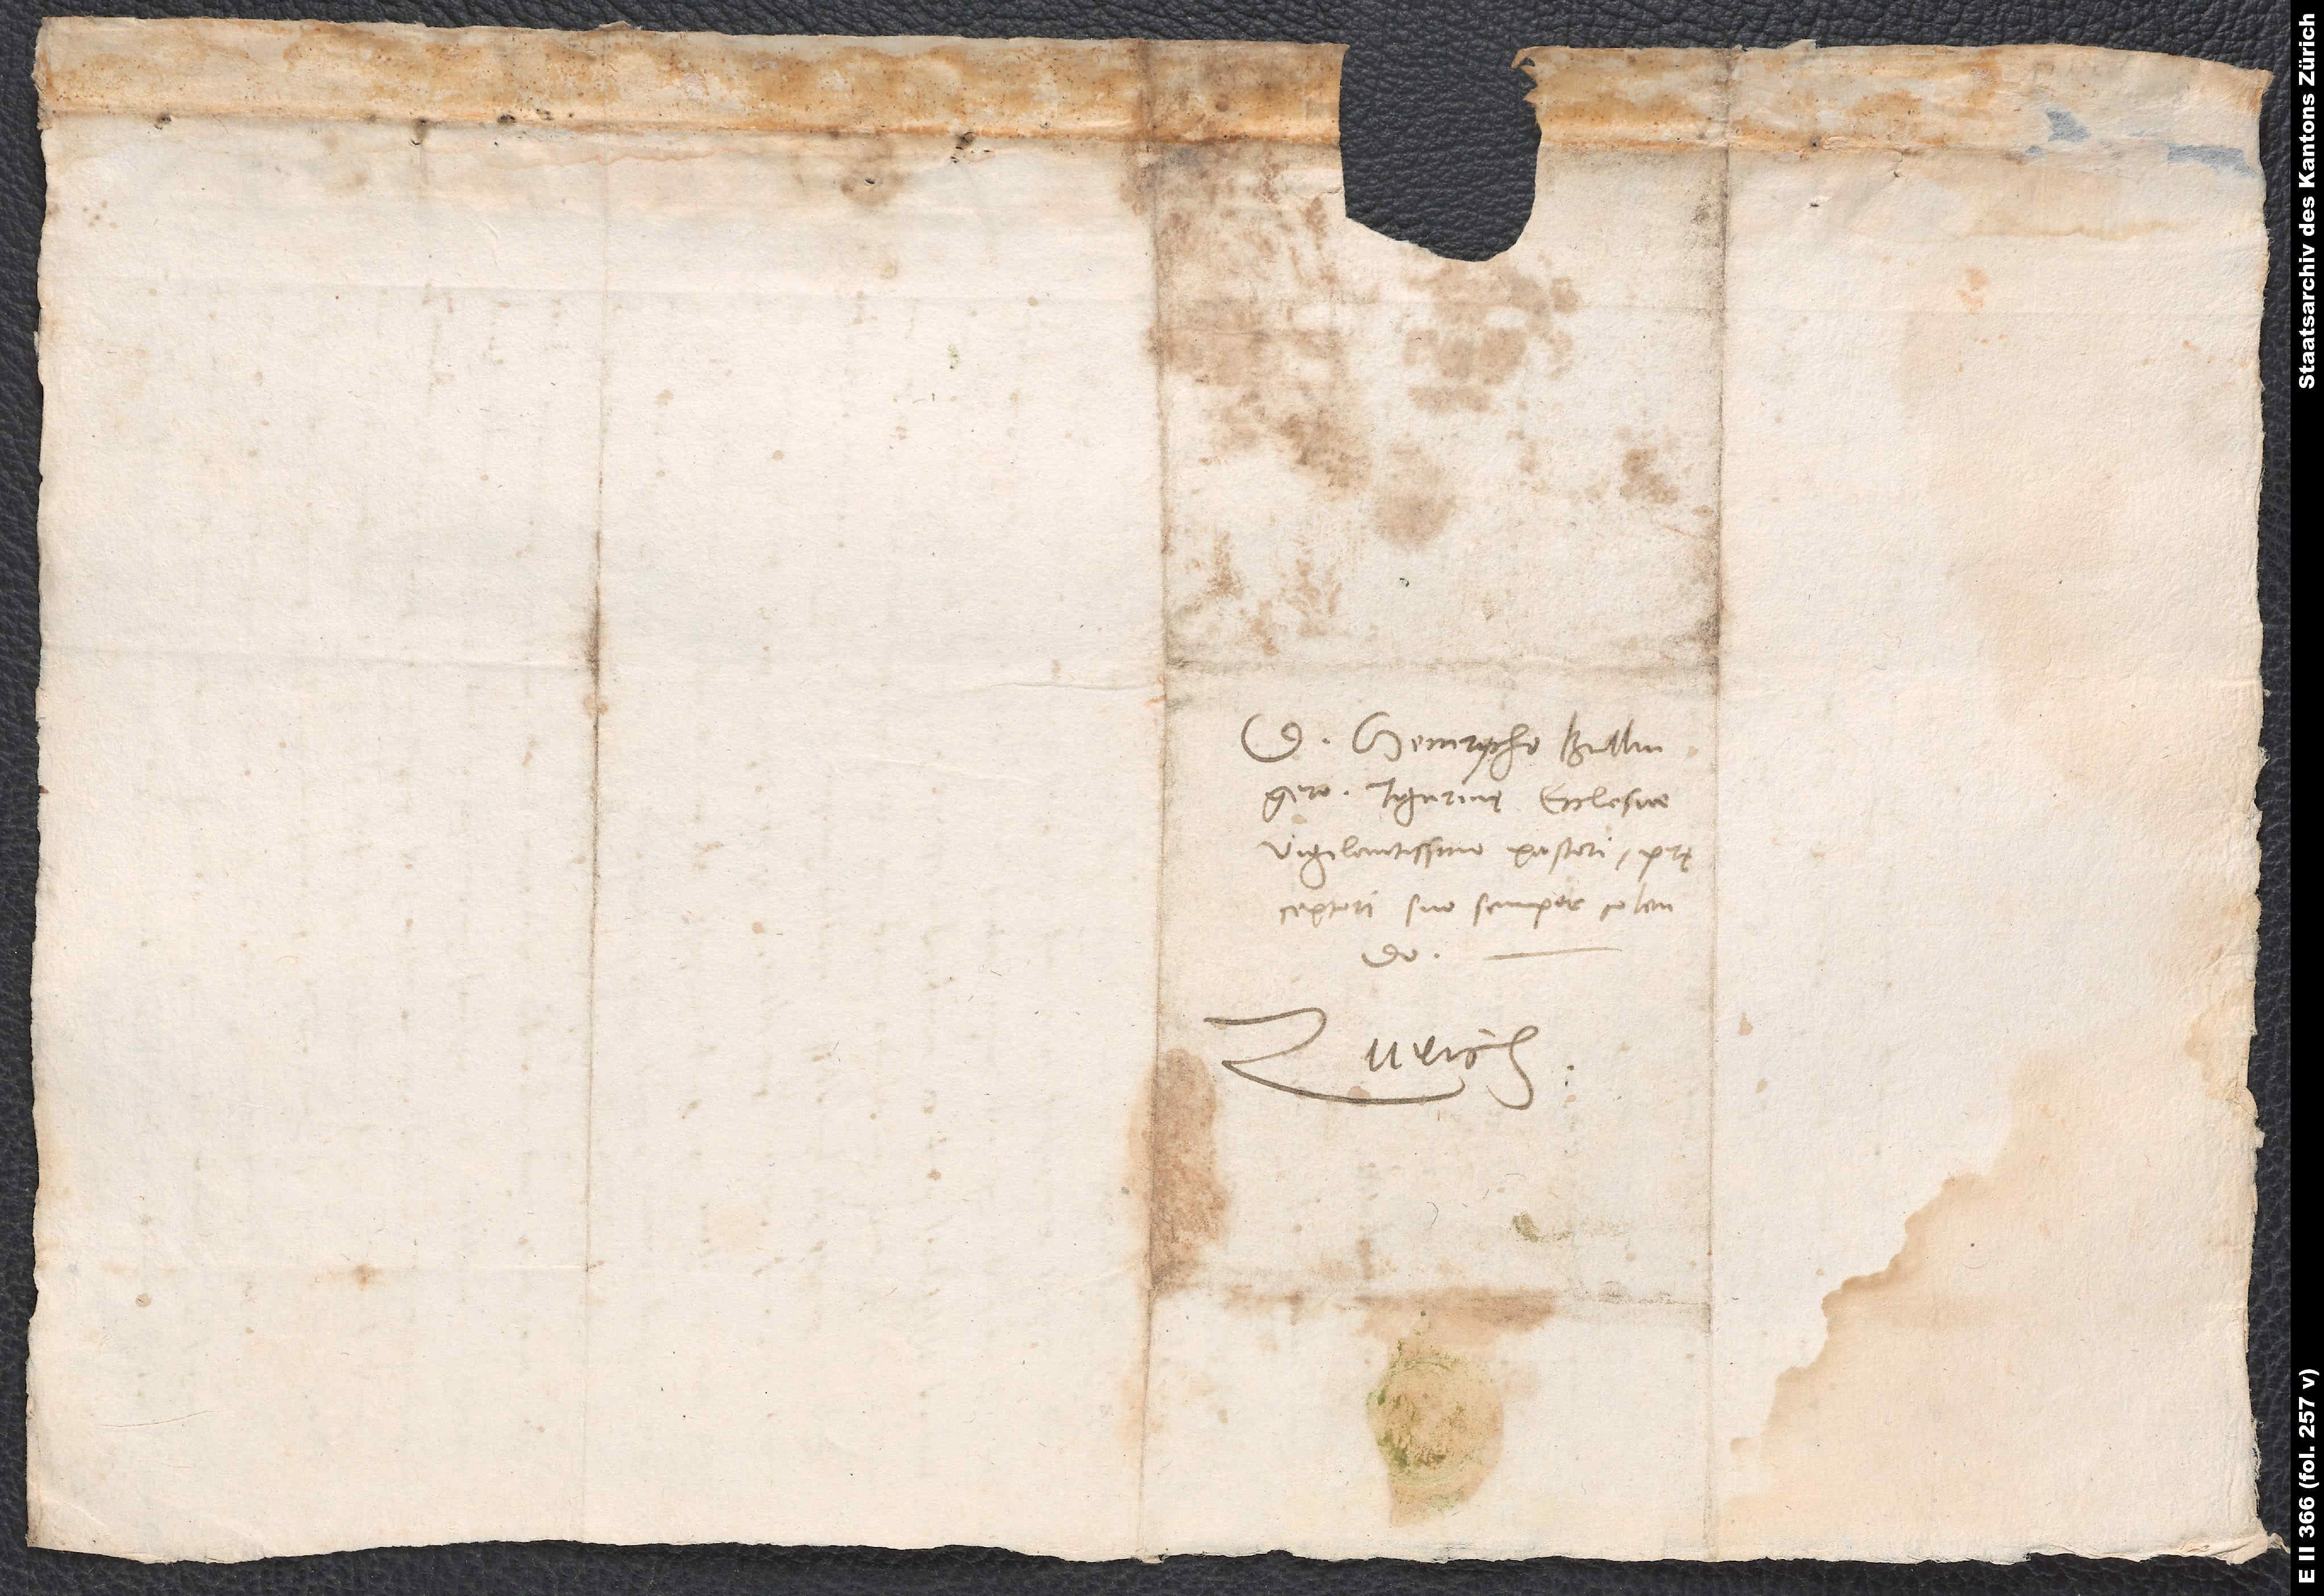
D. Heinrycho Bullingero,
Tigurinę ecclesiae
vigilantissimo pastori,
pręceptori suo semper colendo.